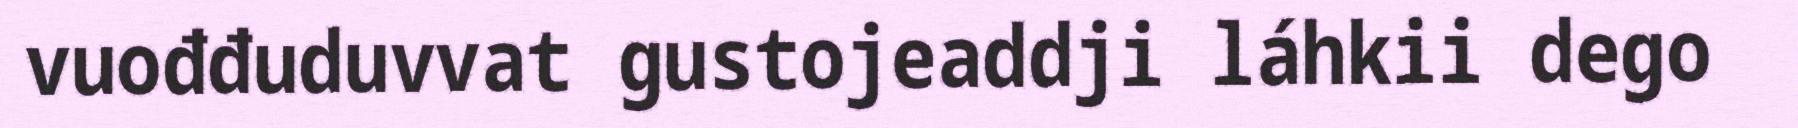
vuođđuduvvat gustojeaddji láhkii dego